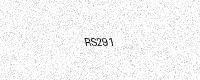
Text: RS291